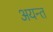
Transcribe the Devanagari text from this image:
अयन्त